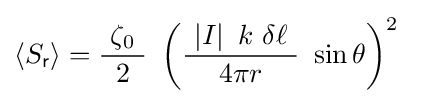
\left\langle S_{\mathsf {r}}\right\rangle ={\frac {\ \zeta _{0}\ }{2}}\ \left({\frac {\ \left|I\right|\ k\ \delta \ell \ }{4\pi r}}\ \sin \theta \right)^{2}\